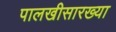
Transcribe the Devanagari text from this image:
पालखीसारख्या